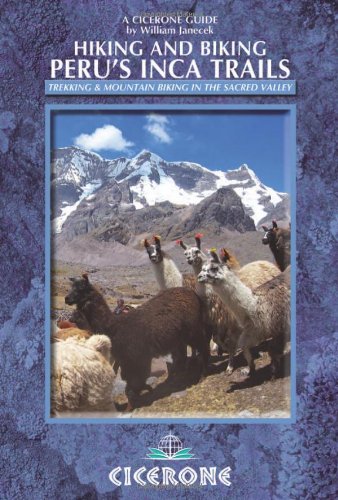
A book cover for Hiking and Biking Peru's Inca Trails: 40 trekking and mountain biking routes in the Sacred Valley (Cicerone Guides); William Janecek; Travel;